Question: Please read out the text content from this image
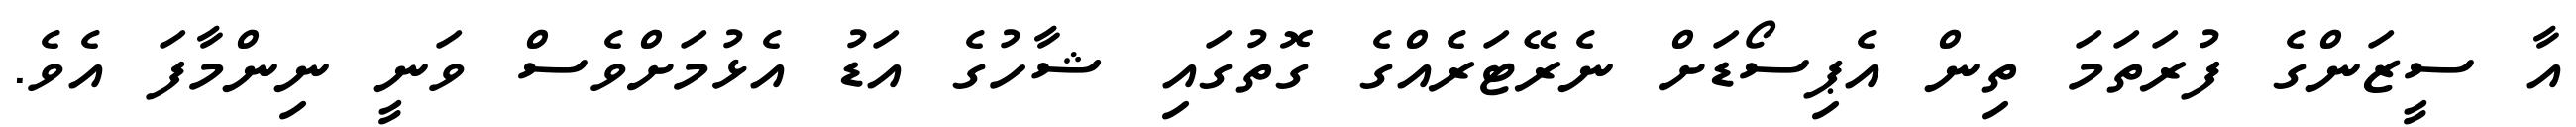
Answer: އާ ސީޒަންގެ ފުރަތަމަ ތިން އެޕިސޯޑަށް ނެރޭޓަރެއްގެ ގޮތުގައި ޝާހުގެ އަޑު އެޅުމަށްވެސް ވަނީ ނިންމާފަ އެވެ.